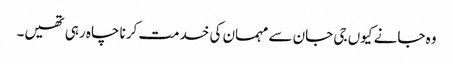
وہ جانے کیوں جی جان سے مہمان کی خدمت کرنا چاہ رہی تھیں۔